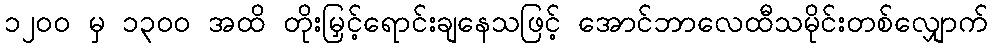
၁၂၀၀ မှ ၁၃၀၀ အထိ တိုးမြှင့်ရောင်းချနေသဖြင့် အောင်ဘာလေထီသမိုင်းတစ်လျှောက်